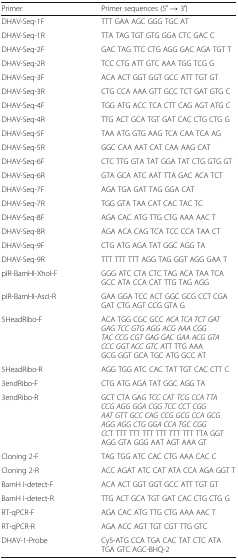
<table><thead><tr><td><b>Primer</b></td><td><b>Primer sequences (5′ → 3′)</b></td></tr></thead><tbody><tr><td>DHAV-Seq-1F</td><td>TTT GAA AGC GGG TGC AT</td></tr><tr><td>DHAV-Seq-1R</td><td>TTA TAG TGT GTG GGA CTC GAC C</td></tr><tr><td>DHAV-Seq-2F</td><td>GAC TAG TTC CTG AGG GAC AGA TGT T</td></tr><tr><td>DHAV-Seq-2R</td><td>TCC CTG ATT GTC AAA TGG TCG G</td></tr><tr><td>DHAV-Seq-3F</td><td>ACA ACT GGT GGT GCC ATT TGT GT</td></tr><tr><td>DHAV-Seq-3R</td><td>CTG CCA AAA GTT GCC TCT GAT GTG C</td></tr><tr><td>DHAV-Seq-4F</td><td>TGG ATG ACC TCA CTT CAG AGT ATG C</td></tr><tr><td>DHAV-Seq-4R</td><td>TTG ACT GCA TGT GAT CAC CTG CTG G</td></tr><tr><td>DHAV-Seq-5F</td><td>TAA ATG GTG AAG TCA CAA TCA AG</td></tr><tr><td>DHAV-Seq-5R</td><td>GGC CAA AAT CAT CAA AAG CAT</td></tr><tr><td>DHAV-Seq-6F</td><td>CTC TTG GTA TAT GGA TAT CTG GTG GT</td></tr><tr><td>DHAV-Seq-6R</td><td>GTA GCA ATC AAT TTA GAC ACA TCT</td></tr><tr><td>DHAV-Seq-7F</td><td>AGA TGA GAT TAG GGA CAT</td></tr><tr><td>DHAV-Seq-7R</td><td>TGG GTA TAA CAT CAC TAC TC</td></tr><tr><td>DHAV-Seq-8F</td><td>AGA CAC ATG TTG CTG AAA AAC T</td></tr><tr><td>DHAV-Seq-8R</td><td>AGA ACA CAG TCA TCC CCA TAA CT</td></tr><tr><td>DHAV-Seq-9F</td><td>CTG ATG AGA TAT GGC AGG TA</td></tr><tr><td>DHAV-Seq-9R</td><td>TTT TTT TTT AGG TAG GGT AGG GAA T</td></tr><tr><td>pIR-BamHI-XhoI-F</td><td>GGG ATC CTA CTC TAG ACA TAA TCA GCC ATA CCA CAT TTG TAG AGG</td></tr><tr><td>pIR-BamHI-AscI-R</td><td>GAA GGA TCC ACT GGC GCG CCT CGA GAT CTG AGT CCG GTA G</td></tr><tr><td>5HeadRibo-F</td><td>ACA TGG CGC GCC <i>ACA TCA TCT GAT GAG TCC GTG AGG ACG AAA CGG TAC CCG CGT GAG GAC GAA ACG GTA CCC GGT ACC GTC A</i>TT TTG AAA GCG GGT GCA TGC ATG GCC AT</td></tr><tr><td>5HeadRibo-R</td><td>AGG TGG ATC CAC TAT TGT CAC CTT C</td></tr><tr><td>3endRibo-F</td><td>CTG ATG AGA TAT GGC AGG TA</td></tr><tr><td>3endRibo-R</td><td>GCT CTA GA<i>G TCC CAT TCG CCA TTA CCG AGG GGA CGG TCC CCT CGG AAT GTT GCC CAG CCG GCG CCA GCG AGG AGG CTG GGA CCA TGC CGG CC</i>T TTT TTT TTT TTT TTT TTT TTA GGT AGG GTA GGG AAT AGT AAA GT</td></tr><tr><td>Cloning 2-F</td><td>TAG TGG ATC CAC CTG AAA CAC C</td></tr><tr><td>Cloning 2-R</td><td>ACC AGAT ATC CAT ATA CCA AGA GGT T</td></tr><tr><td>BamH I-detect-F</td><td>ACA ACT GGT GGT GCC ATT TGT GT</td></tr><tr><td>BamH I-detect-R</td><td>TTG ACT GCA TGT GAT CAC CTG CTG G</td></tr><tr><td>RT-qPCR-F</td><td>AGA CAC ATG TTG CTG AAA AAC T</td></tr><tr><td>RT-qPCR-R</td><td>AGA ACC AGT TGT CGT TTG GTC</td></tr><tr><td>DHAV-1-Probe</td><td>Cy5-ATG CCA TGA CAC TAT CTC ATA TGA GTC AGC-BHQ-2</td></tr></tbody></table>